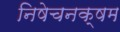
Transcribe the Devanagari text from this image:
निषेचनक्षम